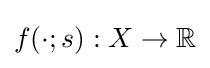
f(\cdot ;s):X\rightarrow \mathbb {R}